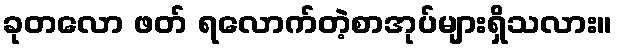
ခုတလော ဖတ် ရလောက်တဲ့စာအုပ်များရှိသလား။